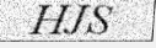
HJS